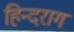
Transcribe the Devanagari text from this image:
हिन्दराग